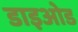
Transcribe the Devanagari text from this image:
डाइओड